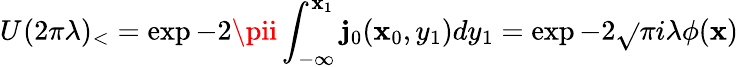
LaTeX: U_{{}}(2\pi\lambda)_{<}=\exp-2\pii\int_{-\infty}^{\mathbf{x}_{1}}\mathbf{j}_{0}(\mathbf{x}_{0},y_{1})dy_{1}=\exp-2\sqrt{}{{\pi}}i\lambda\phi(\mathbf{x})